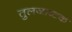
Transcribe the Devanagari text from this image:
तुलजाष्टक